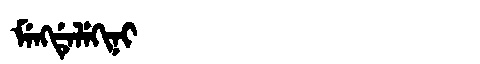
Manchu: ᠮᡝᠩᡩᡝᠯᡝᡴᡳᠨᡳ
Romanization: MENGDELEKINI